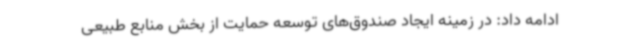
ادامه داد: در زمینه ایجاد صندوق‌های توسعه حمایت از بخش منابع طبیعی